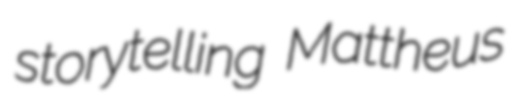
storytelling Mattheus